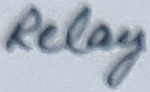
Text: Relay